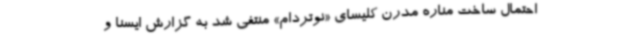
احتمال ساخت مناره مدرن کلیسای «نوتردام» منتفی شد به گزارش ایسنا و